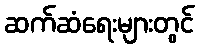
ဆက်ဆံရေးများတွင်